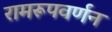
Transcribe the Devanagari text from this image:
रामरूपवर्णन